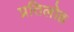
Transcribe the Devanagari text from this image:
प्रतिलोह